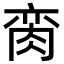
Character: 脔